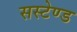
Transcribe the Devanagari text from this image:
सस्टेण्ड